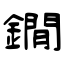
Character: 鐗